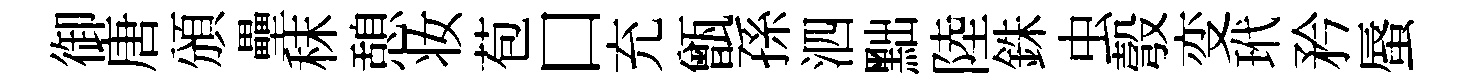
御唐頒壘秣憩妆苞口充甑孫泗黜陸銖虫彀变玳矜蜃